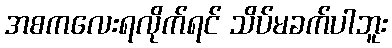
အစကလေးရလိုက်ရင် သိပ်မခက်ပါဘူး